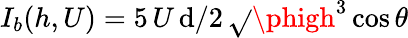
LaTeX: I_{b}(h,U)=5\, U\, \mathrm{d}/2\, \sqrt{}{{\phigh^{3}\cos\theta}}